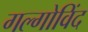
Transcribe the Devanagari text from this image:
गल्गोविंद